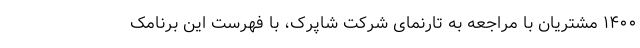
۱۴۰۰ مشتریان با مراجعه به تارنمای شرکت شاپرک، با فهرست این برنامک